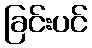
ခြင်းပင်